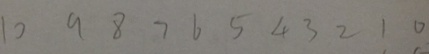
1 0 9 8 7 6 5 4 3 2 1 0